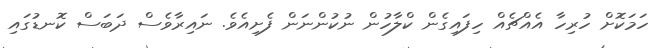
ހަމަކޮށް ހުރިހާ އެއްޗެއް ހިފައިގެން ކްލާހުން ނުކުންނަން ފެށިއެވެ. ނައިރާވެސް ދަބަސް ކޮނޑުގައި